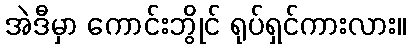
အဲဒီမှာ ကောင်းဘွိုင် ရုပ်ရှင်ကားလား။